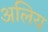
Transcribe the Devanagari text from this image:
अलिय